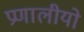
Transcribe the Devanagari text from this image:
प्रणालीयो